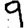
Digit: 9